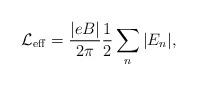
LaTeX: \begin{align*}\mbox{$\cal L$}_{{\rm eff}}= \frac{|eB |}{2\pi } \frac{1}{2} \sum_n |E_{n}|,\end{align*}